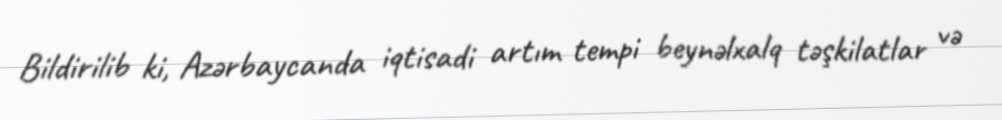
Bildirilib ki, Azərbaycanda iqtisadi artım tempi beynəlxalq təşkilatlar və